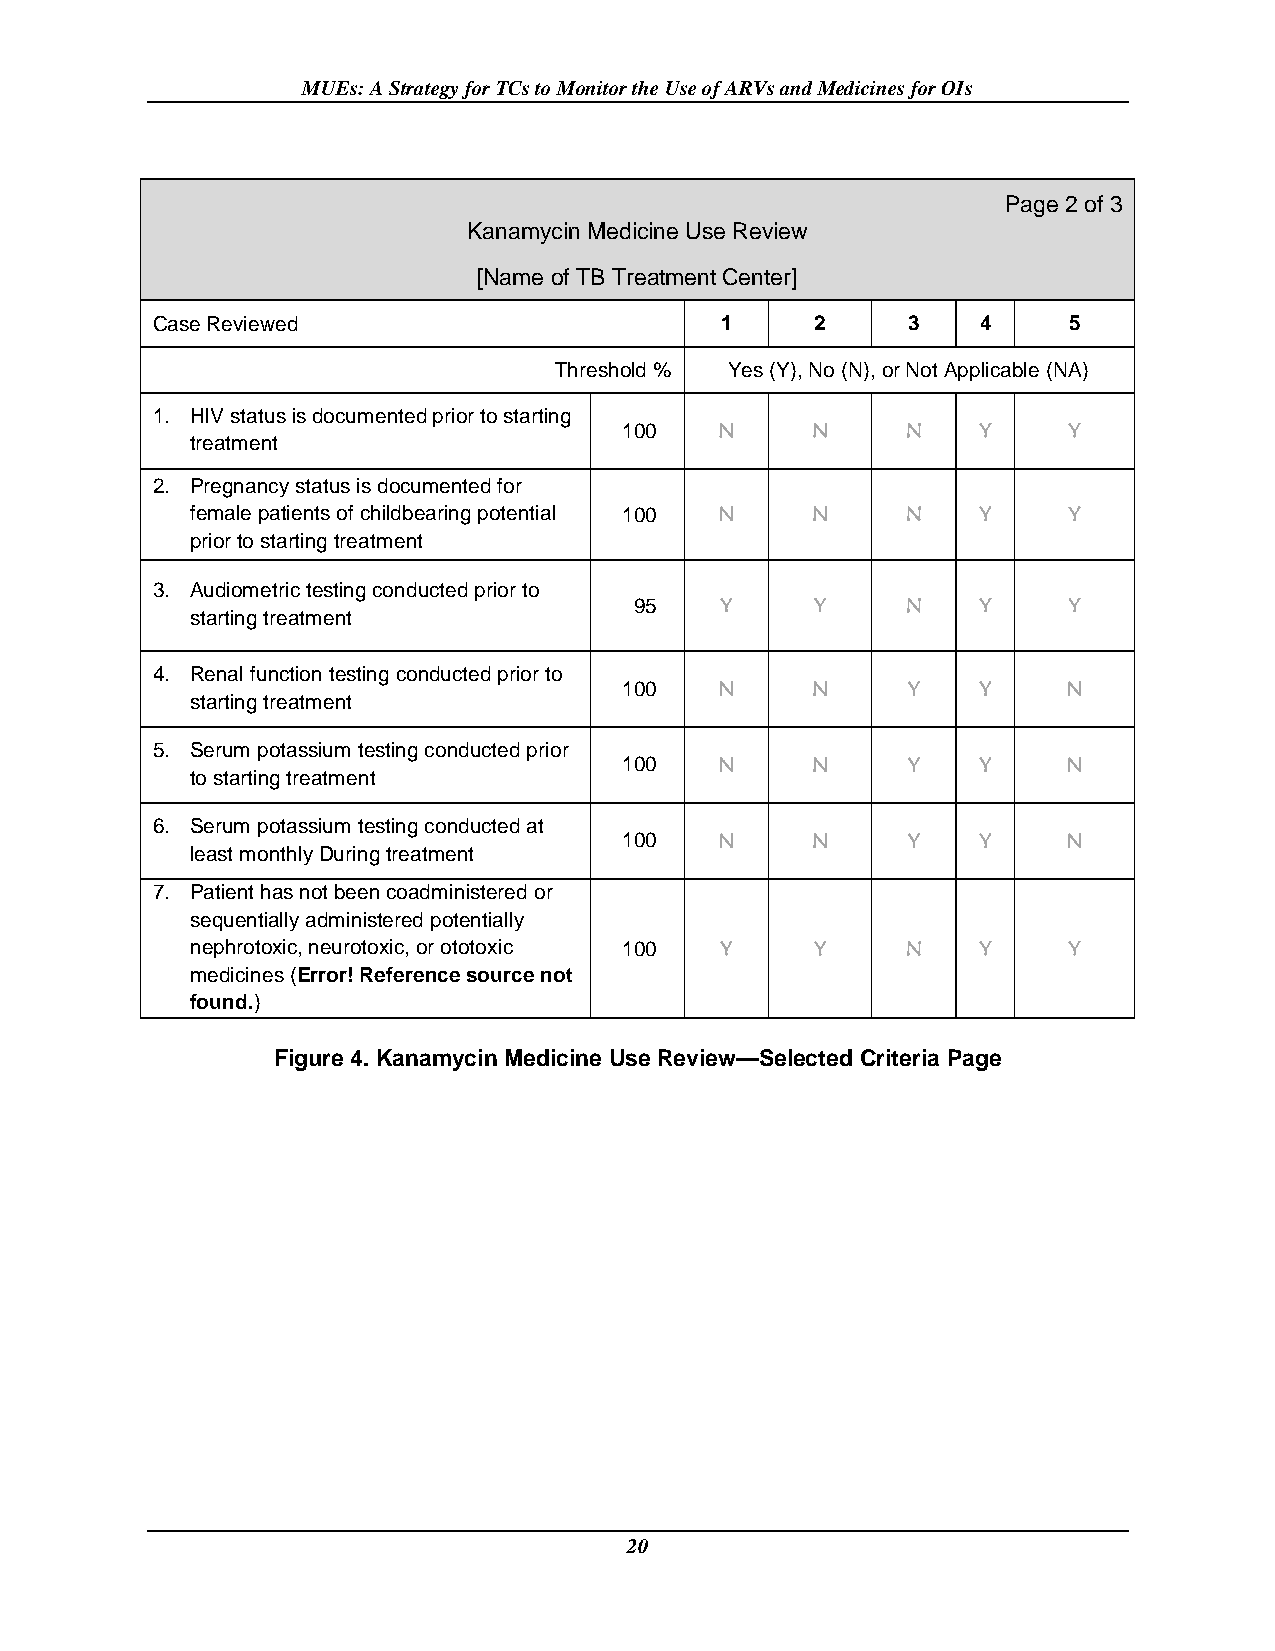
MUEs: A Strategy for TCs to Monitor the Use of ARVs and Medicines for OIs
 Page 2 of 3
 Kanamycin Medicine Use Review
 [Name of TB Treatment Center]
 Case Reviewed                         1     2     3    4     5
 Threshold % Yes (Y), No (N), or Not Applicable (NA)
 1. HIV status is documented prior to starting
 100    N     N     N    Y     Y
 treatment
 2. Pregnancy status is documented for
 female patients of childbearing potential 100 N N N Y     Y
 prior to starting treatment
 3. Audiometric testing conducted prior to
 95    Y     Y     N    Y     Y
 starting treatment
 4. Renal function testing conducted prior to
 100    N     N     Y    Y     N
 starting treatment
 5. Serum potassium testing conducted prior
 100    N     N     Y    Y     N
 to starting treatment
 6. Serum potassium testing conducted at
 100    N     N     Y    Y     N
 least monthly During treatment
 7. Patient has not been coadministered or
 sequentially administered potentially
 nephrotoxic, neurotoxic, or ototoxic 100 Y Y   N    Y     Y
 medicines (Error! Reference source not
 found.)
 Figure 4. Kanamycin Medicine Use Review—Selected Criteria Page
 20